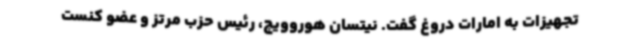
تجهیزات به امارات دروغ گفت. نیتسان هوروویچ، رئیس حزب مرتز و عضو کنست